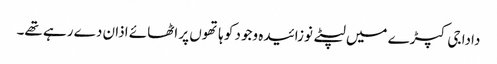
دادا جی کپڑے میں لپٹے نوزائیدہ وجود کو ہاتھوں پر اٹھائے اذان دے رہے تھے۔